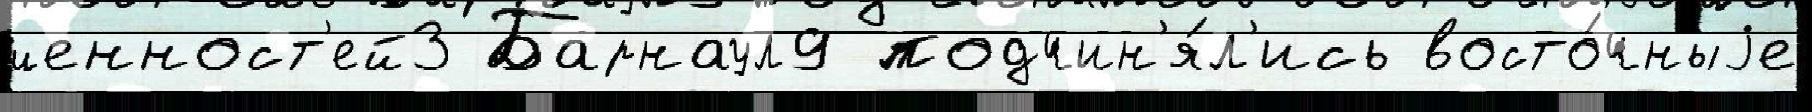
ценност'ей3 Барнаул9 подчин'я́л'ись восто́чныjе